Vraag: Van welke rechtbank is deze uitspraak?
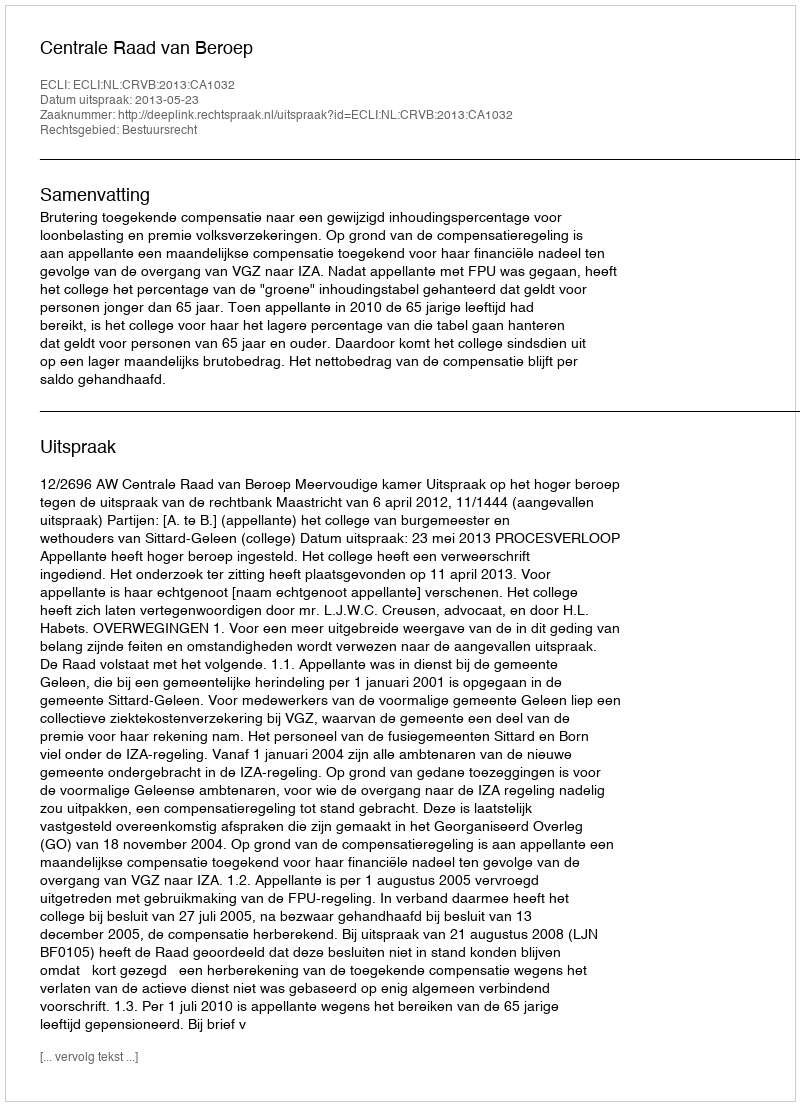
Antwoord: Centrale Raad van Beroep